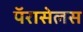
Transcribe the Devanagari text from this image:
पॅरासेलस